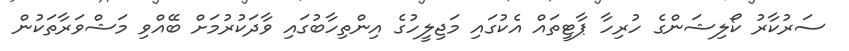
ސަރުކާރު ކޯލިޝަންގެ ހުރިހާ ޕާޓީތައް އެކުގައި މަޖިލީހުގެ އިންތިހާބުގައި ވާދަކުުރުމަށް ބޭއްވި މަޝްވަރާތަކުން